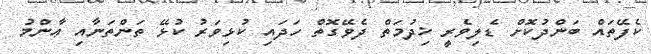
ކެފޭތައް ބަންދުކޮށް ޑެލިވެރީ ޚިދުމަތް ދެވޭގޮތް ހަދައި ކުޅިވަރު ކުޅޭ ތަންތަނާއި ޢާންމު